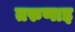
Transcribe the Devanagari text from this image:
तरुणाइ